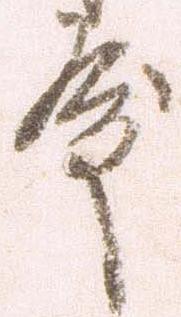
殿